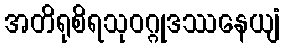
အတိရုစိရသုဝဂ္ဂုဒဿနေယျံ